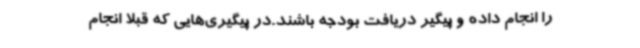
را انجام داده و پیگیر دریافت بودجه باشند.در پیگیری‌هایی که قبلا انجام